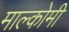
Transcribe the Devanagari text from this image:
माल्कोमी